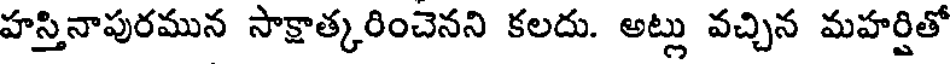
హస్తినాపురమున సాక్షాత్కరించెనని కలదు. అట్లు వచ్చిన మహర్షితో